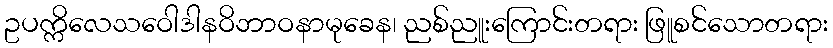
ဥပက္ကိလေသဝေါဒါနဝိဘာဝနာမုခေန၊ ညစ်ညူးကြောင်းတရား ဖြူစင်သောတရား